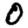
Digit: 0